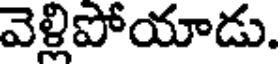
వెళ్లిపోయాడు.